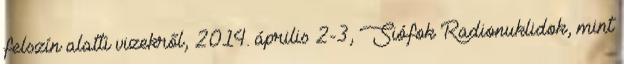
felszín alatti vizekről, 2014. április 2-3, Siófok Radionuklidok, mint